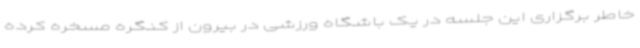
خاطر برگزاری این جلسه در یک باشگاه ورزشی در بیرون از کنگره مسخره کرده